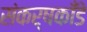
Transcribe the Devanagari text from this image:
संकर्षकाँडे